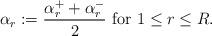
LaTeX: \begin{align*}\alpha_r := \frac{\alpha_r^++\alpha_r^-}{2}\mbox{ for } 1\le r \le R.\end{align*}